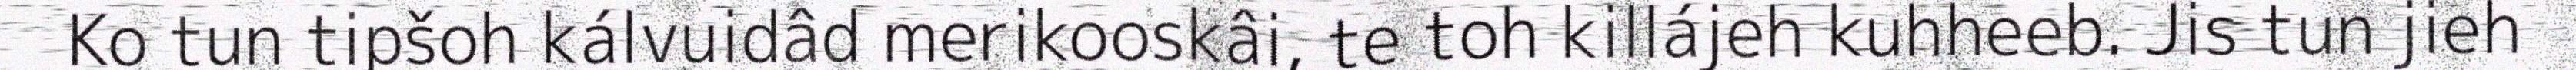
Ko tun tipšoh kálvuidâd merikooskâi, te toh killájeh kuhheeb. Jis tun jieh